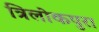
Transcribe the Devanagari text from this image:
त्रिलोकपुरा